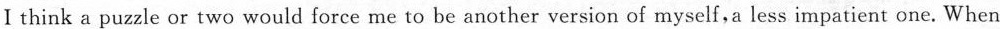
Ⅰ think a puzzle or two would force me to be another version of myself,a less impatient one. When